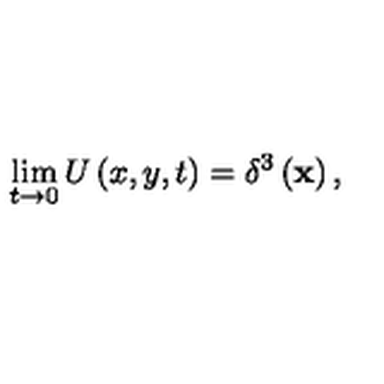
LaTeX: \lim _ { t \rightarrow 0 } U \left( x , y , t \right) = \delta ^ { 3 } \left( \mathbf { x } \right) ,